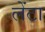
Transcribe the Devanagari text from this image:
लेंटा